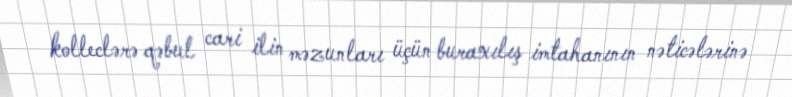
kolleclərə qəbul cari ilin məzunları üçün buraxılış imtahanının nəticələrinə